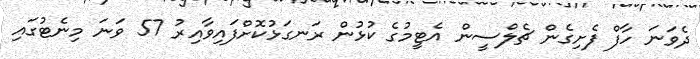
ދެވަނަ ހާފް ފެށިގެން ޗެލްސީން އެޓީމުގެ ކުޅުން ރަނގަޅުކޮށްފައިވާއިރު 57 ވަނަ މިނެޓުގައި